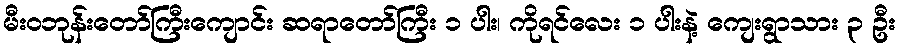
မီးဝဘုန်းတော်ကြီးကျောင်း ဆရာတော်ကြီး ၁ ပါး၊ ကိုရင်လေး ၁ ပါးနဲ့ ကျေးရွာသား ၃ ဦး